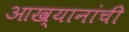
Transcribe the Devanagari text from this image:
आख्यानांची